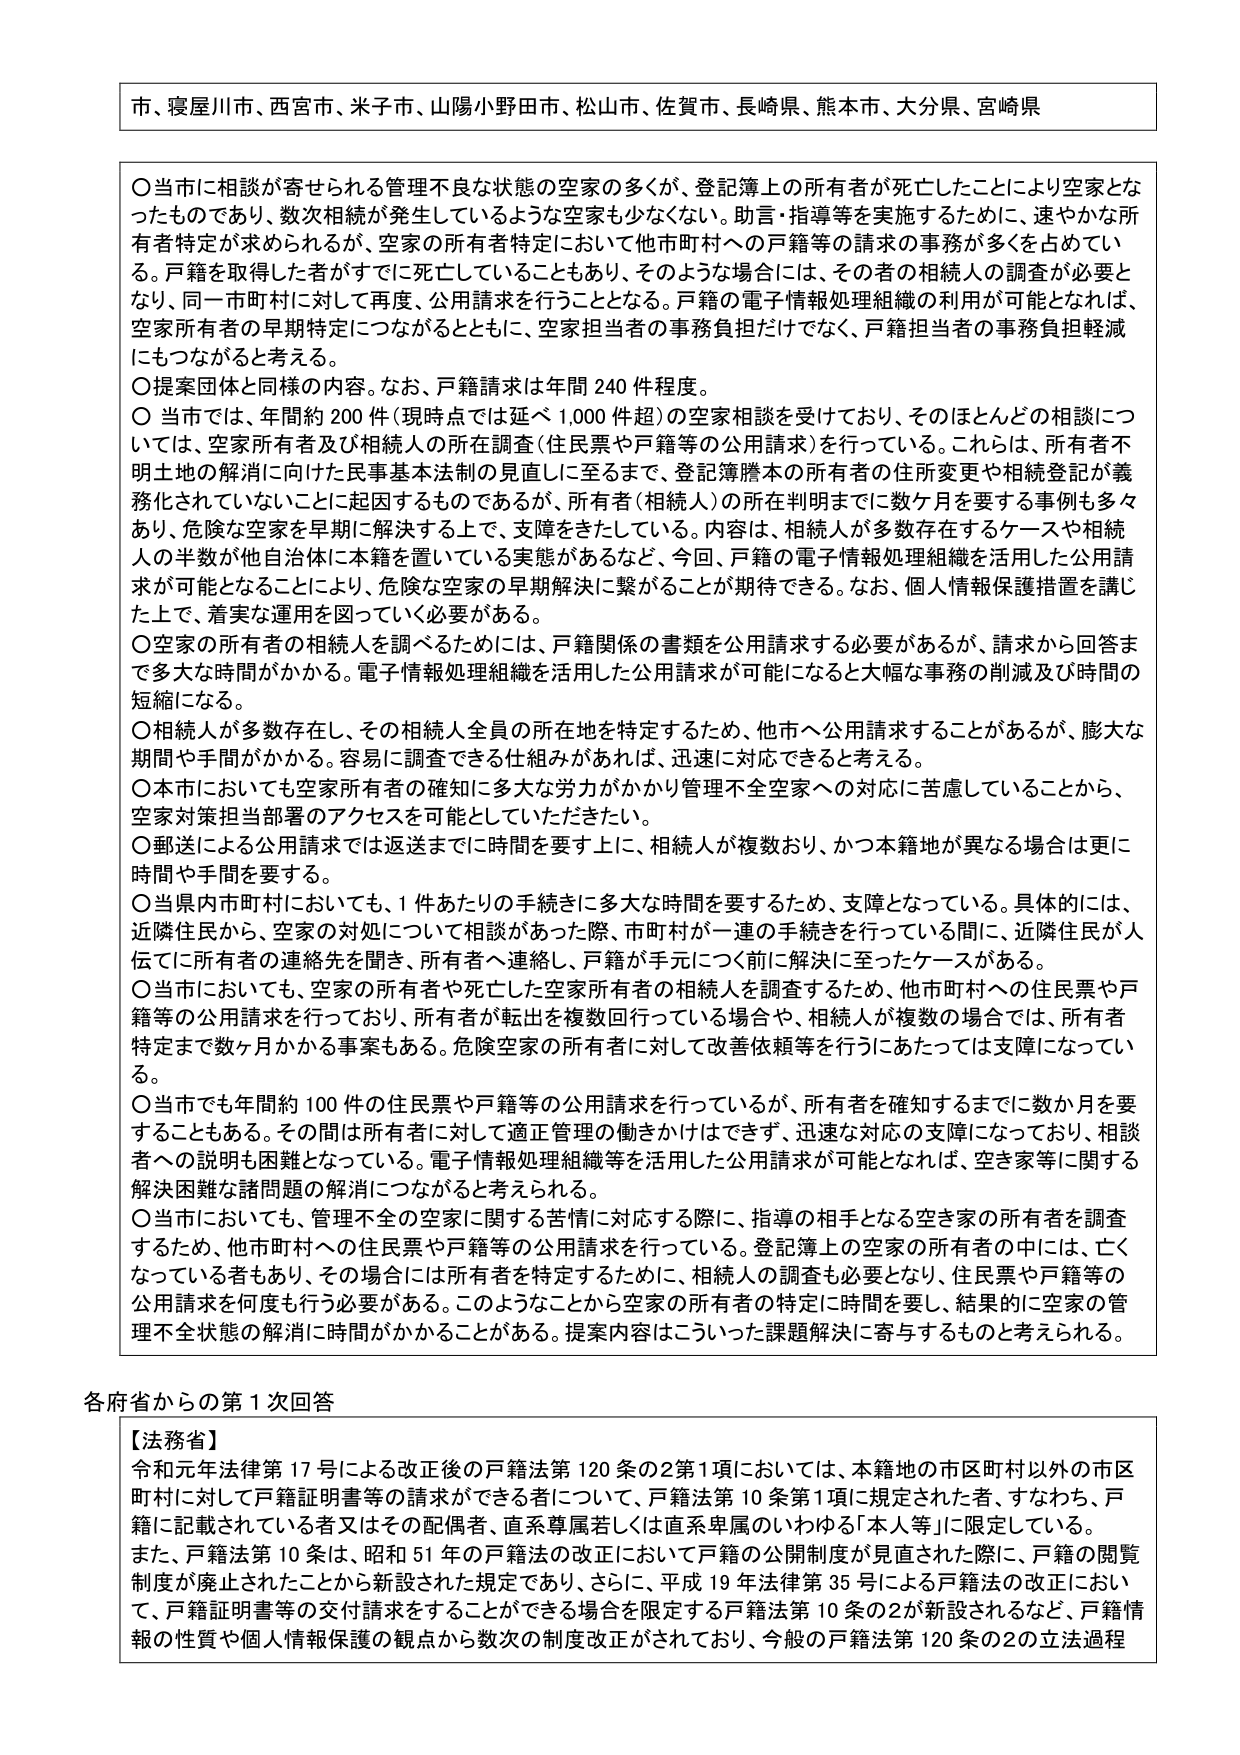
市、寝屋川市、西宮市、米子市、山陽小野田市、松山市、佐賀市、長崎県、熊本市、大分県、宮崎県

○ 当市に相談が寄せられる管理不良な状態の空家の多くが、登記簿上の所有者が死亡したことにより空家となったものであり、数次相続が発生しているような空家も少なくない。助言・指導等を実施するために、速やかな所有者特定が求められるが、空家の所有者特定において他市町村への戸籍等の請求の事務が多くを占めている。戸籍を取得した者がすでに死亡していることもあり、そのような場合には、その者の相続人の調査が必要となり、同一市町村に対して再度、公用請求を行うこととなる。戸籍の電子情報処理組織の利用が可能となれば、空家所有者の早期特定につながるとともに、空家担当者の事務負担だけでなく、戸籍担当者の事務負担軽減にもつながると考える。

○ 提案団体と同様の内容。なお、戸籍請求は年間 240 件程度。

○ 当市では、年間約 200 件（現時点で延べ 1,000 件超）の空家相談を受けており、そのほとんどの相談については、空家所有者及び相続人の所在調査（住民票や戸籍等の公用請求）を行っている。これは、所有者不明土地の解消に向けた民事基本法制の見直しに至るまで、登記簿謄本の所有者の住所変更や相続登記が義務化されていないことに起因するものであるが、所有者（相続人）の所在判明までに数ヶ月を要する事例も多くあり、危険な空家を早期に解決する上で、支障をきたしている。内容は、相続人が多数存在するケースや相続人の半数が他自治体に本籍を置いている実態があるなど、今回、戸籍の電子情報処理組織を活用した公用請求が可能となることにより、危険な空家の早期解決に繋がることが期待できる。なお、個人情報保護措置を講じた上で、着実な運用を図っていく必要がある。

○ 空家の所有者の相続人を調べるためには、戸籍関係の書類を公用請求する必要があるが、請求から回答まで多大な時間がかかる。電子情報処理組織を活用した公用請求が可能になると大幅な事務の削減及び時間の短縮になる。

○ 相続人が多数存在し、その相続人全員の所在地を特定するため、他市へ公用請求することがあるが、膨大な期間や手間がかかる。容易に調査できる仕組みがあれば、迅速に対応できると考える。

○ 本市においても空家所有者の確知に多大な労力がかかり管理不全空家への対応に苦慮していることから、空家対策担当部署のアクセスを可能としていただきたい。

○ 郵送による公用請求では返送までに時間を要する上に、相続人が複数おり、かつ本籍地が異なる場合は更に時間や手間を要する。

○ 当県内市町村においても、1 件あたりの手続きに多大な時間を要するため、支障となっている。具体的には、近隣住民から、空家の対処について相談があった際、市町村が一連の手続きを行っている間に、近隣住民が人伝でに所有者の連絡先を聞き、所有者へ連絡し、戸籍が手元につく前に解決に至ったケースがある。

○ 当市においても、空家の所有者や死亡した空家所有者の相続人を調査するため、他市町村への住民票や戸籍等の公用請求を行っており、所有者や転出を複数回行っている場合や、相続人が複数の場合では、所有者特定まで数ヶ月かかる事案もある。危険空家の所有者に対して改善依頼等を行うにあたっては支障になっている。

○ 当市でも年間約 100 件の住民票や戸籍等の公用請求を行っているが、所有者を確知するまでに数か月を要することもある。その間は所有者に対して適正管理の働きかけはできず、迅速な対応の支障になっており、相談者への説明も困難となっている。電子情報処理組織等を活用した公用請求が可能となれば、空き家等に関する解決困難な諸問題の解消につながると考えられる。

○ 当市においても、管理不全の空家に関する苦情に対応する際に、指導の相手となる空き家の所有者を調査するため、他市町村への住民票や戸籍等の公用請求を行っている。登記簿上の空家の所有者の中には、亡くなっている者もあり、その場合には所有者を特定するために、相続人の調査も必要となり、住民票や戸籍等の公用請求を何度も行う必要がある。このようなことから空家の所有者の特定に時間を要し、結果的に空家の管理不全状態の解消に時間がかかることがある。提案内容はこういった課題解決に寄与するものと考えられる。

各府省からの第 1 次回答

【法務省】
令和元年法律第 17 号による改正後の戸籍法第 120 条の2第1項においては、本籍地の市区町村以外の市区町村に対して戸籍証明書等の請求ができる者について、戸籍法第 10 条第1項に規定された者、すなわち、戸籍に記載されている者又はその配偶者、直系尊属若しくは直系卑属のいわゆる「本人等」に限定している。
また、戸籍法第 10 条は、昭和 51 年の戸籍法の改正において戸籍の公開制度が見直された際に、戸籍の閲覧制度が廃止されたことから新設された規定であり、さらに、平成 19 年法律第 35 号による戸籍法の改正において、戸籍証明書等の交付請求をすることができる場合を限定する戸籍法第 10 条の2が新設されるなど、戸籍情報の性質や個人情報保護の観点から数次の制度改正がされており、今般の戸籍法第 120 条の2の立法過程